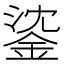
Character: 𨧁